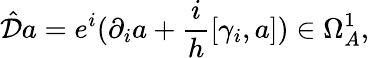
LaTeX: \hat{{\cal{D}}}a=e^{i}(\partial_{i}a+\frac{i}{h}[\gamma_{i},a])\in\Omega_{A}^{1},